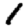
Digit: 1